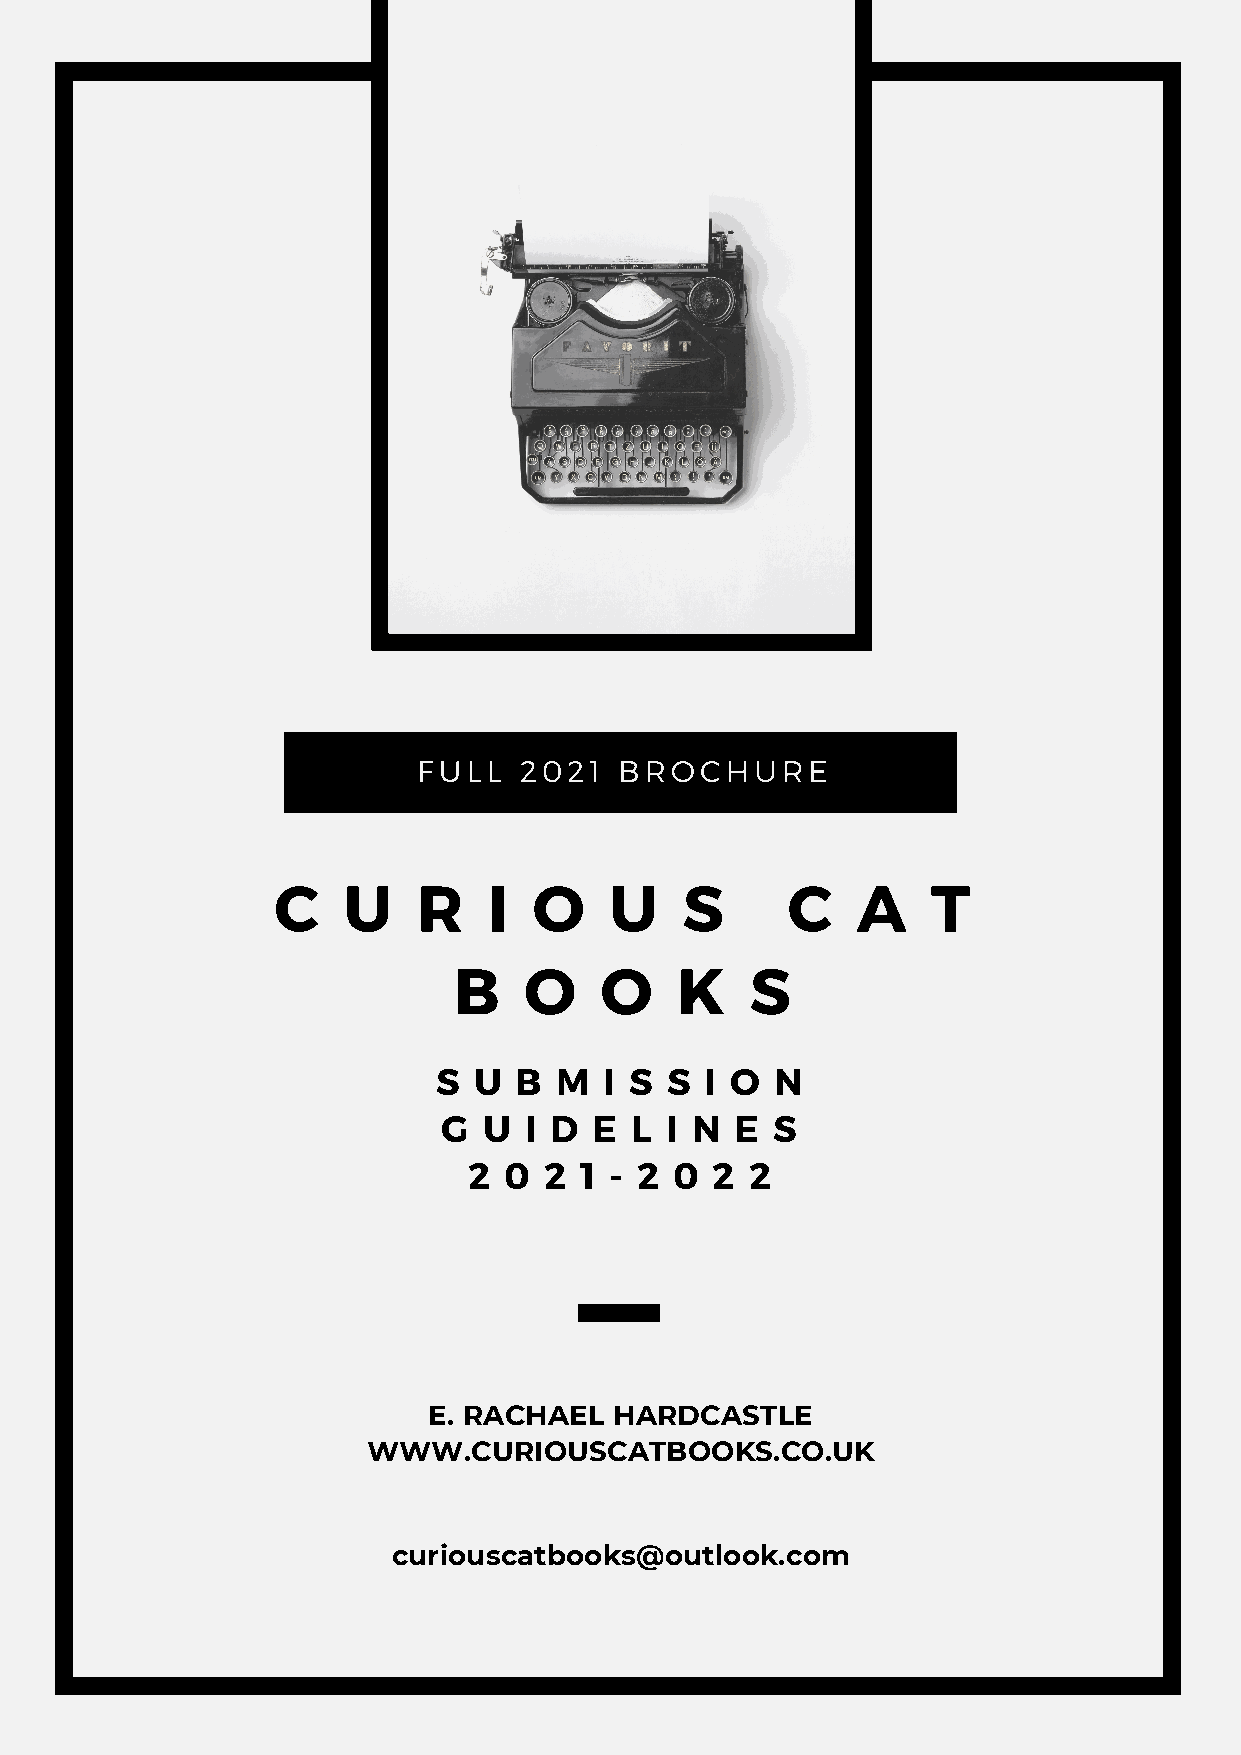
FULL  2021   BROCHURE
 C    U    R   I  O    U    S      C    A    T
 B    O    O    K    S
 S U  B  M  I S S  I O N
 G  U  I D E  L I N  E S
 2 0  2 1 - 2  0 2  2
 E. RACHAEL   HARDCASTLE
 WWW.CURIOUSCATBOOKS.CO.UK
 curiouscatbooks@outlook.com